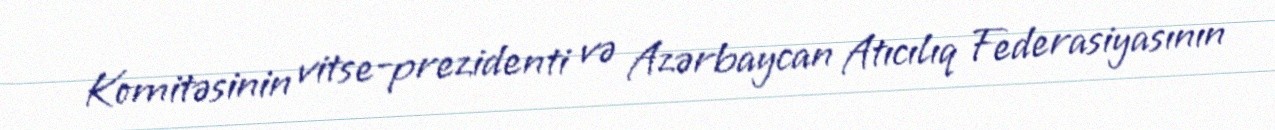
Komitəsinin vitse-prezidenti və Azərbaycan Atıcılıq Federasiyasının